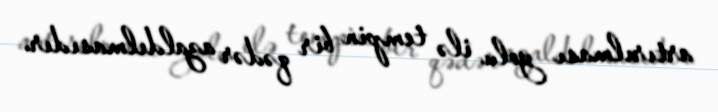
artırılması yolu ilə tempin bir qədər azaldılmasıdır.